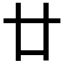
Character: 廿